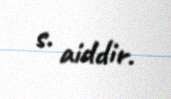
s. aiddir.